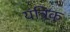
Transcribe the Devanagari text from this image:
यंत्रिक